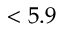
< 5 . 9